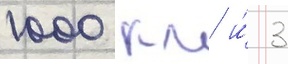
1000 км и́ 3